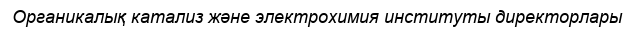
Органикалық катализ және электрохимия институты директорлары